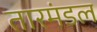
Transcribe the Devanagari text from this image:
तारमंडल